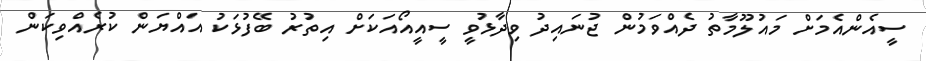
ސީއެންއެމަށް މައުލޫމާތު ދެއްވަމުން ޖުނައިދު ވިދާޅުވީ ސީއީއޯއަކަށް އިތުރު ބޭފުޅަކު އައްޔަން ކުރެއްވިކަން